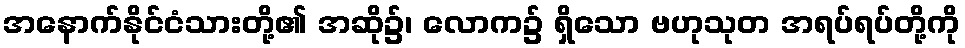
အနောက်နိုင်ငံသားတို့၏ အဆို၌၊ လောက၌ ရှိသော ဗဟုသုတ အရပ်ရပ်တို့ကို